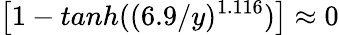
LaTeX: \left[1-tanh((6.9/y)^{1.116})\right]\approx 0